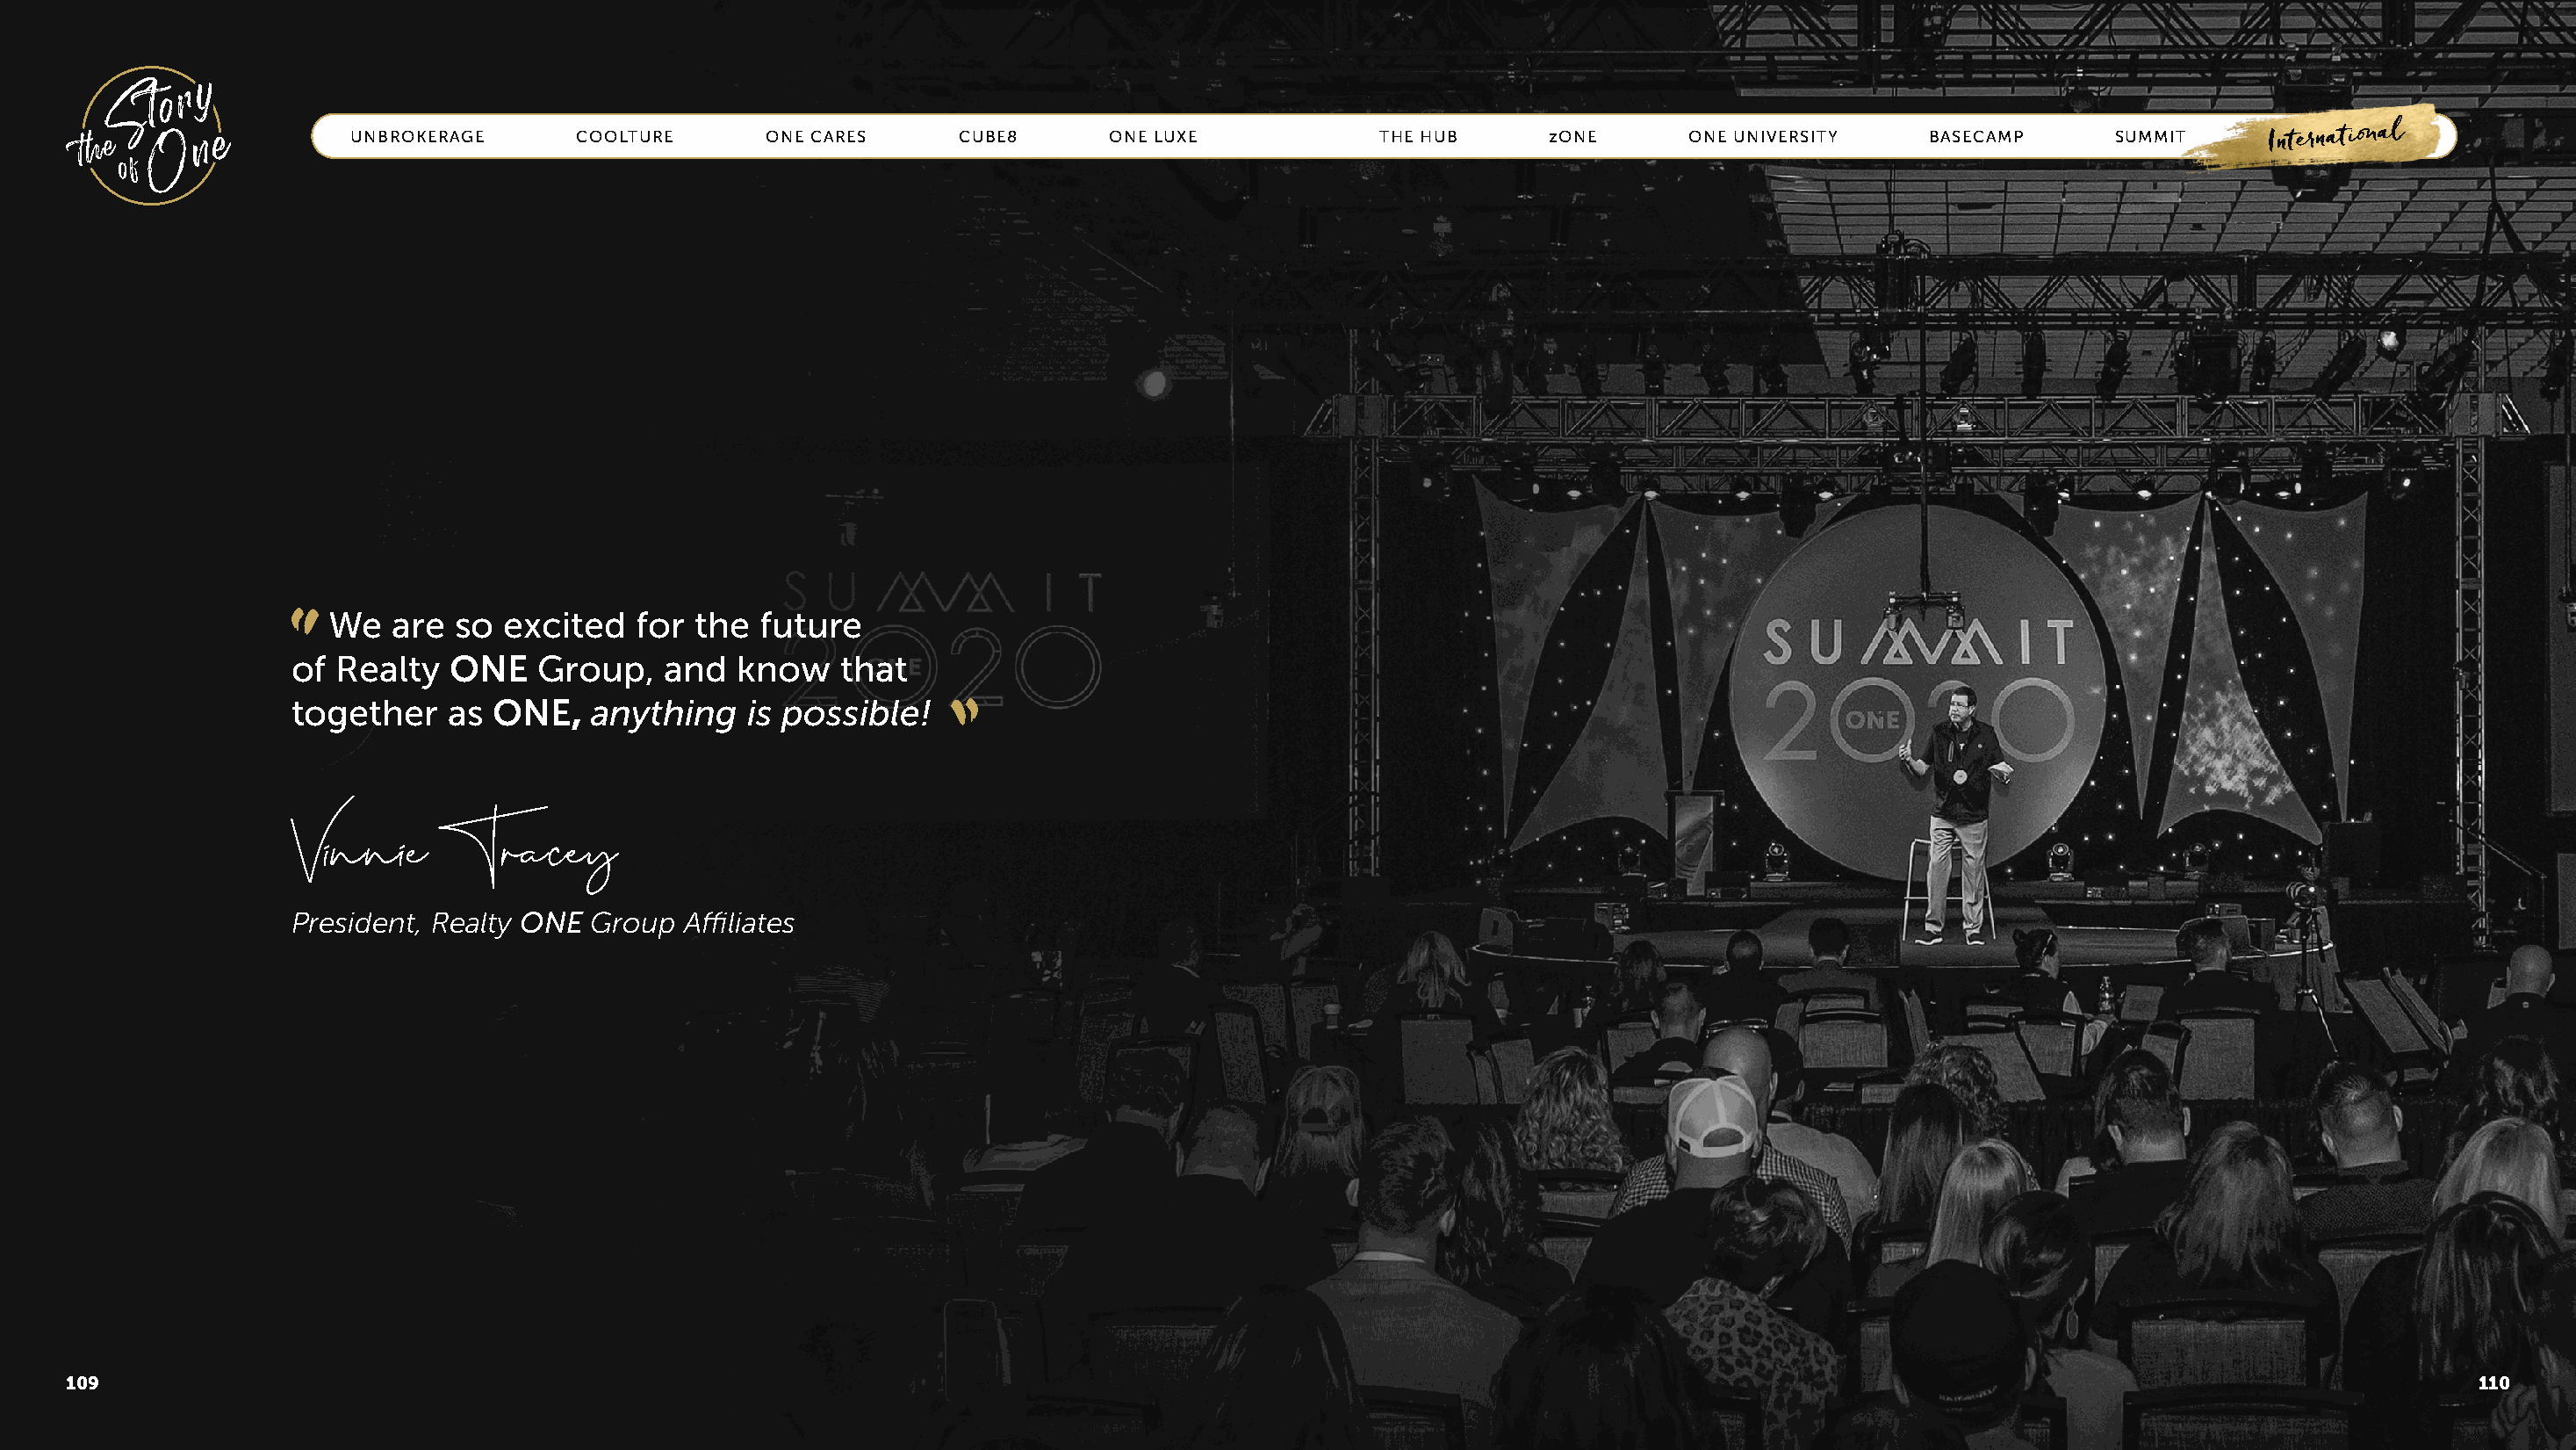
UNBROKERAGE      COOLTURE       ONE CARES     CUBE8       ONE LUXE            THE HUB      zONE      ONE UNIVERSITY    BASECAMP       SUMMIT      INTERNATIONAL
 “  We   are so  excited   for the  future
 of Realty   ONE    Group,   and   know   that
 together    as ONE,    anything   is possible!
 Vinnie     Tracey
 President, Realty ONE  Group  Affiliates
 109                                                                                                                                                                                   110
 “